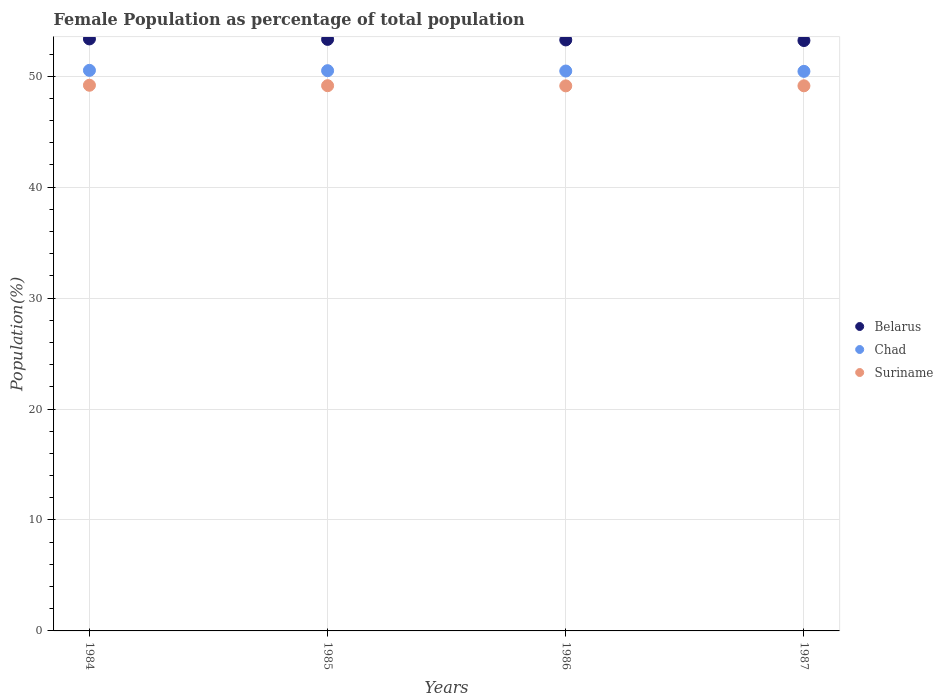
| Years | Belarus | Chad | Suriname |
 | --- | --- | --- | --- |
 | 1984 | 53.4 | 50.5 | 49.2 |
 | 1985 | 53.3 | 50.5 | 49.1 |
 | 1986 | 53.3 | 50.5 | 49.1 |
 | 1987 | 53.2 | 50.4 | 49.1 |